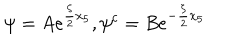
\psi = A e ^ { \frac { \zeta } { 2 } x _ { 5 } } , \psi ^ { c } = B e ^ { - \frac { \zeta } { 2 } x _ { 5 } }